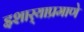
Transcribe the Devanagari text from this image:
इशार्‍याप्रमाणे